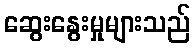
ဆွေးနွေးမှုများသည်